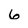
Character: 6